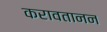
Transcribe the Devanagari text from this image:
करावतानन